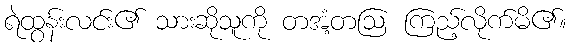
ရဲထွန်းလင်း၏ သားဆိုသူကို တအံ့တဩ ကြည့်လိုက်မိ၏။